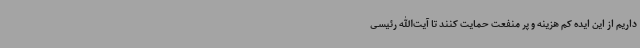
داریم از این ایده‌ کم هزینه و پر منفعت حمایت کنند تا آیت‌الله رئیسی